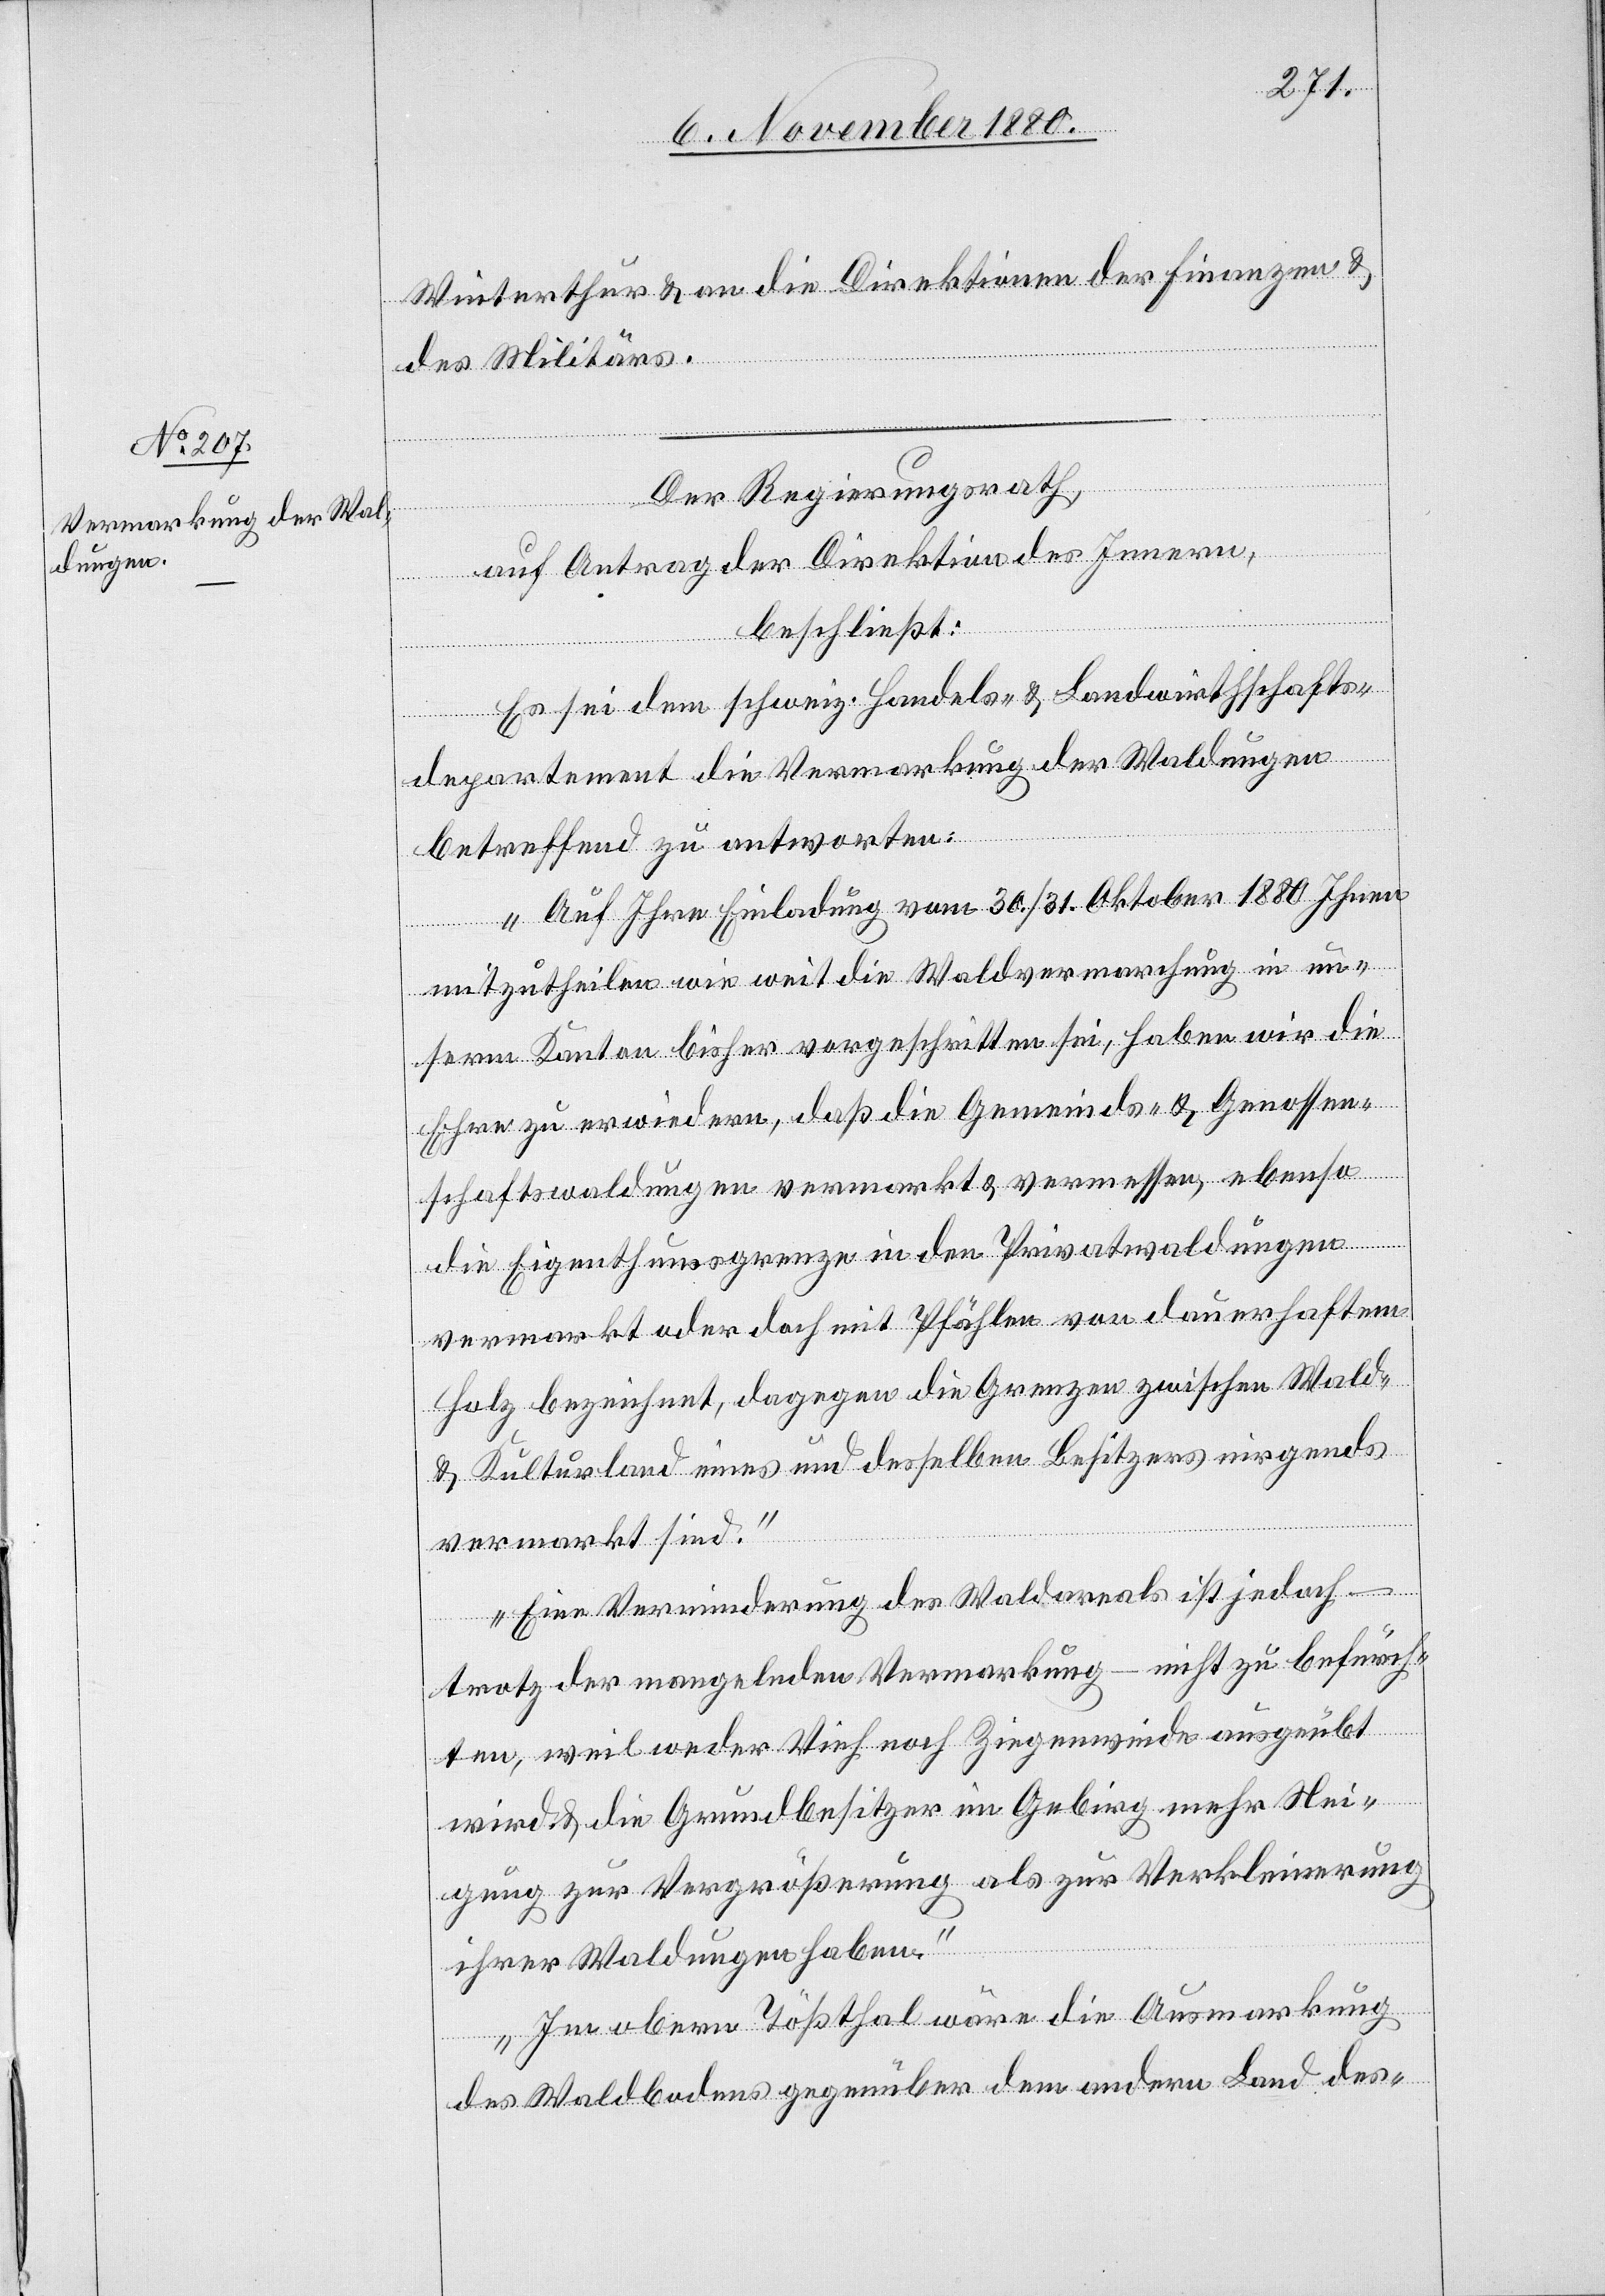
Winterthur & an die Direktionen der Finanzen &
des Militärs.
Der Regierungsrath,
auf Antrag der Direktion des Innern,
beschließt:
Es sei dem schweiz. Handels- & Landwirthschafts¬
departement die Vermarkung der Waldungen
betreffend zu antworten:
„Auf Ihre Einladung vom 30./31. Oktober 1880 Ihnen
mitzutheilen wie weit die Waldvermarchung in un¬
serm Kanton bisher vorgeschritten sei, haben wir die
Ehre zu erwiedern, daß die Gemeinds- & Genossen¬
schaftswaldungen vermarkt & vermessen, ebenso
die Eigenthumsgrenze in den Privatwaldungen
vermarkt oder doch mit Pfählen von dauerhaftem
Holz bezeichnet, dagegen die Grenzen zwischen Wald-
& Kulturland eines und desselben Besitzers nirgends
vermarkt sind.
Eine Verminderung des Waldareals ist jedoch –
trotz der mangelnden Vermarkung – nicht zu befürch¬
ten, weil weder Vieh noch Ziegenweide ausgeübt
wird & die Grundbesitzer im Gebirg mehr Nei¬
gung zur Vergrößerung als zur Verkleinerung
ihrer Waldungen haben.
Im obern Tößthal wäre die Ausmarkung
des Waldbodens gegenüber dem andern Land des-